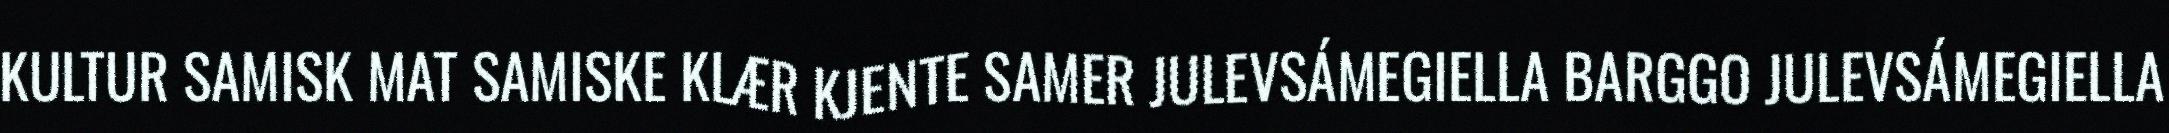
KULTUR SAMISK MAT SAMISKE KLÆR KJENTE SAMER JULEVSÁMEGIELLA BARGGO JULEVSÁMEGIELLA